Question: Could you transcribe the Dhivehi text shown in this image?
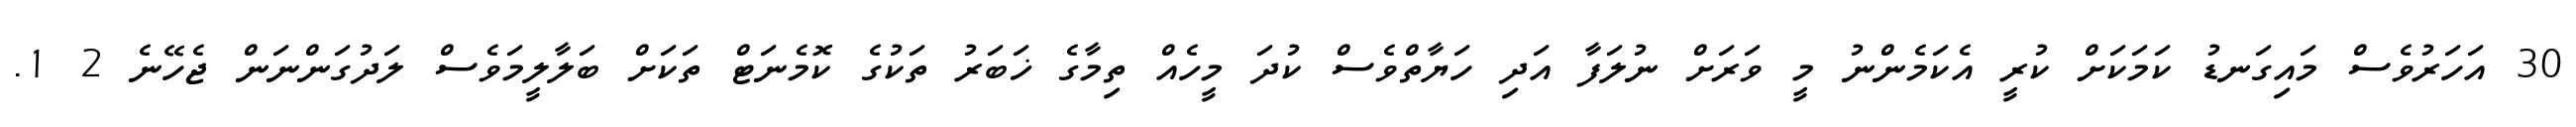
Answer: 30 އަހަރުވެސް މައިގަނޑު ކަމަކަށް ކުރީ އެކަމެންނު މީ ވަރަށް ނުލަފާ އަދި ހަޔާތްވެސް ކުދަ މީހެއް ތިމާގެ ޚަބަރު ތަކުގެ ކޮމެނަޓް ތަކަށް ބަލާލީމަވެސް ލަދުގަންނަން ޖެހޭނެ 2 1.